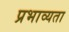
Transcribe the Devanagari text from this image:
प्रभाव्यता